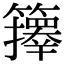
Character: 𥷐